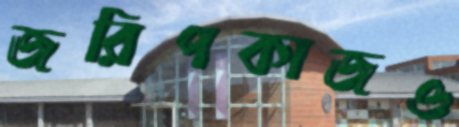
জরিপকাজও